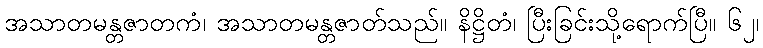
အသာတမန္တဇာတကံ၊ အသာတမန္တဇာတ်သည်။ နိဋ္ဌိတံ၊ ပြီးခြင်းသို့ရောက်ပြီ။ ၆၂၊